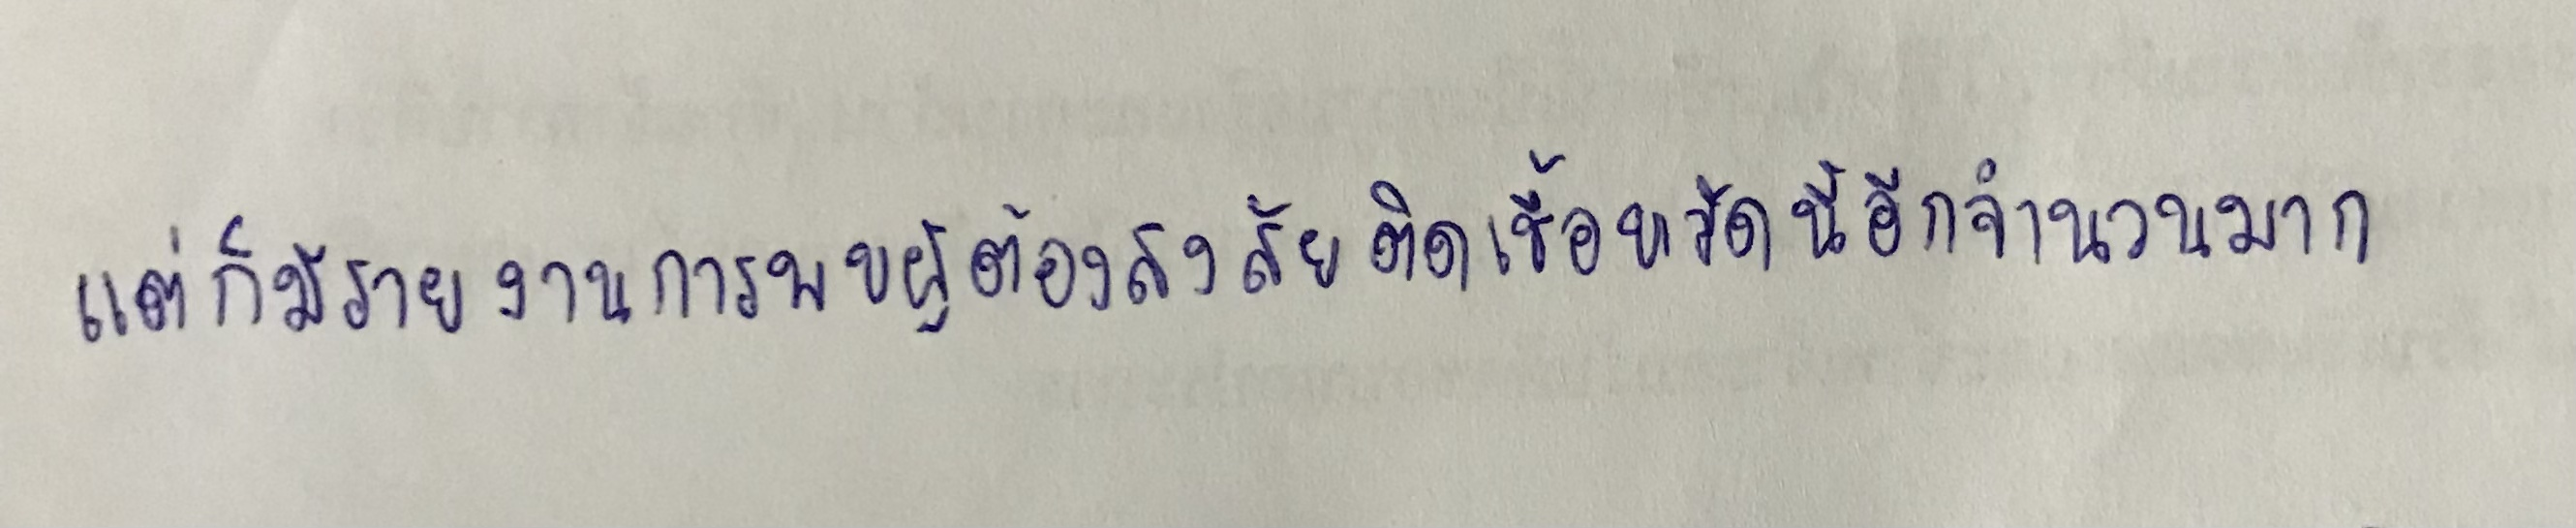
แต่ก็มีรายงานการพบผู้ต้องสงสัยติดเชื้อหวัดนี้อีกจำนวนมาก